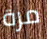
مرة